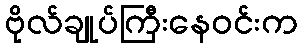
ဗိုလ်ချုပ်ကြီးနေဝင်းက